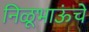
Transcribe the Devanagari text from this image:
निळूभाऊंचे